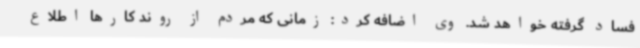
فساد گرفته خواهد شد. وی اضافه کرد: زمانی که مردم از روند کارها اطلاع